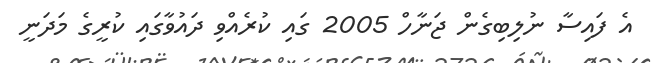
އެ ފައިސާ ނުލިބިގެން ޖަނާހް 2005 ގައި ކުރެއްވި ދައުވާގައި ކުރީގެ މަދަނީ